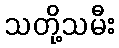
သတို့သမီး